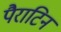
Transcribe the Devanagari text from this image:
पैराटिन